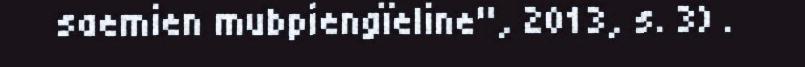
saemien mubpiengïeline", 2013, s. 3) .